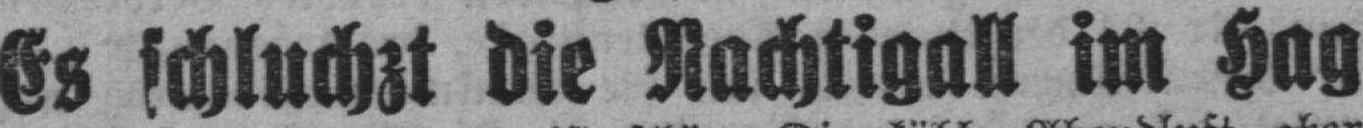
Es schluchzt die Nachtigall im Hag